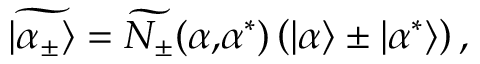
\widetilde { | \alpha _ { \pm } \rangle } = \widetilde { N _ { \pm } } ( \alpha \mathrm { , } \alpha ^ { * } ) \left( | \alpha \rangle \pm | \alpha ^ { * } \rangle \right) ,